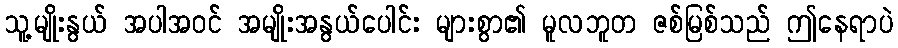
သူ့မျိုးနွယ် အပါအဝင် အမျိုးအနွယ်ပေါင်း များစွာ၏ မူလဘူတ ဇစ်မြစ်သည် ဤနေရာပဲ